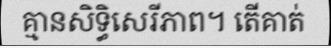
គ្មានសិទ្ធិសេរីភាព។ តើគាត់